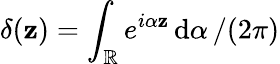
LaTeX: \delta(\mathbf{z})=\int_{\mathbb{{R}}}e^{i\alpha\mathbf{z}}\, {\mathrm{{d}}\alpha}\, /(2\pi)